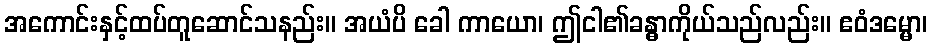
အကောင်းနှင့်ထပ်တူဆောင်သနည်း။ အယံပိ ခေါ ကာယော၊ ဤငါ၏ခန္ဓာကိုယ်သည်လည်း။ ဧဝံဒမ္မော၊